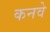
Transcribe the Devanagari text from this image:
कनवे